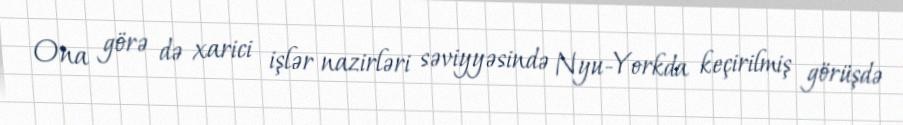
Ona görə də xarici işlər nazirləri səviyyəsində Nyu-Yorkda keçirilmiş görüşdə